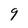
Character: 9